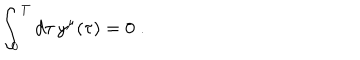
LaTeX: \int _ { 0 } ^ { T } d \tau \, y ^ { \mu } ( \tau ) = 0 \; .